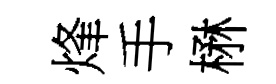
烽手楙